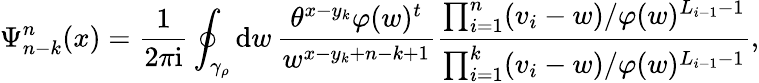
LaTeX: \Psi_{n-k}^{n}(x)=\frac{1}{2\pi\mathrm{i}}\oint_{\gamma_{\rho}}\mathrm{d}w\, \frac{\theta^{x-y_{k}}\varphi(w)^{t}}{w^{x-y_{k}+n-k+1}}\frac{\prod_{i=1}^{n}(v_{i}-w)/\varphi(w)^{L_{i-1}-1}}{\prod_{i=1}^{k}(v_{i}-w)/\varphi(w)^{L_{i-1}-1}},